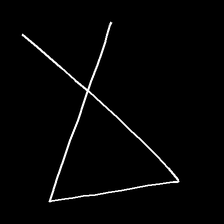
Glyph: collection